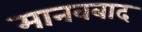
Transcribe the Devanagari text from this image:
मानवबाद